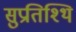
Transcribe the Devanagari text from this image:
सुप्रतिश्थि